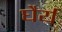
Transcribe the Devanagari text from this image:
घैर्य